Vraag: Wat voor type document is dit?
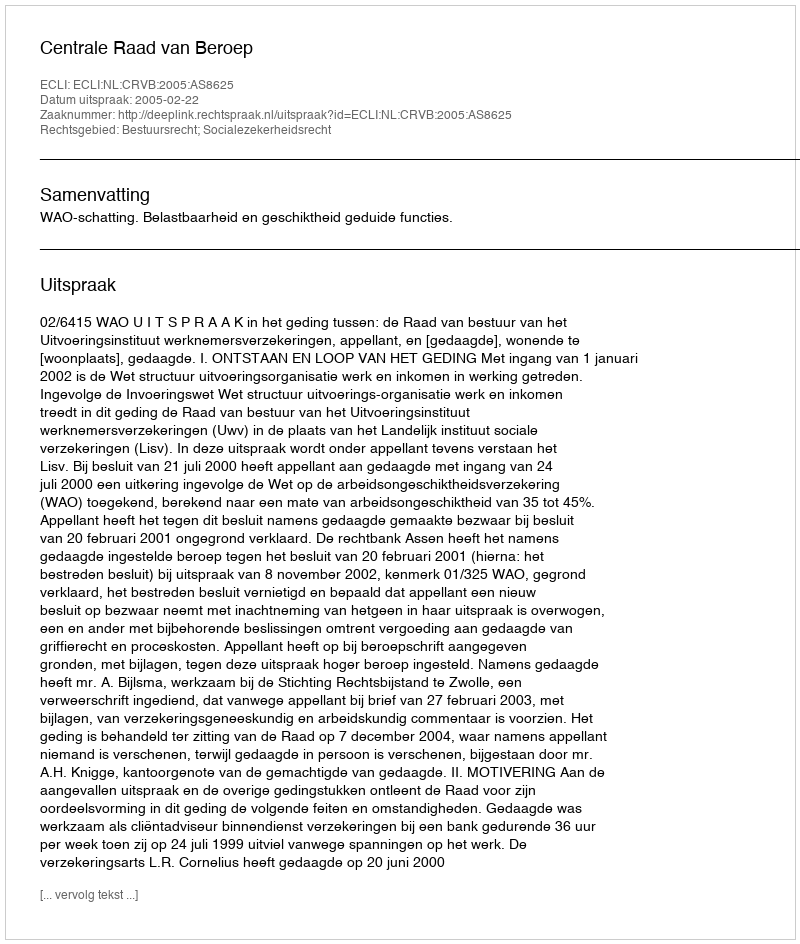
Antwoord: Uitspraak